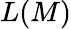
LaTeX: L(M)